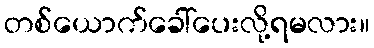
တစ်ယောက်ခေါ်ပေးလို့ရမလား။